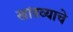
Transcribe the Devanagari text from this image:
खांडव्याचे